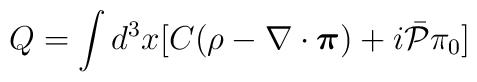
Q=\int d^3 x [ C(\rho-\nabla\cdot\mbox{\boldmath$\pi$})+i\bar{{\cal P}}\pi_{0}]